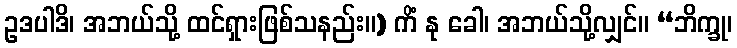
ဥဒပါဒိ၊ အဘယ်သို့ ထင်ရှားဖြစ်သနည်း။) ကိံ နု ခေါ၊ အဘယ်သို့လျှင်။ “ဘိက္ခု၊